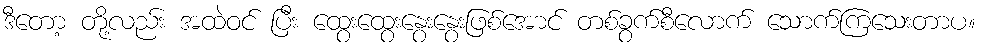
ဒီတော့ တို့လည်း အထဲဝင် ပြီး ထွေးထွေးနွေးနွေးဖြစ်အောင် တစ်ခွက်စီလောက် သောက်ကြသေးတာပ။